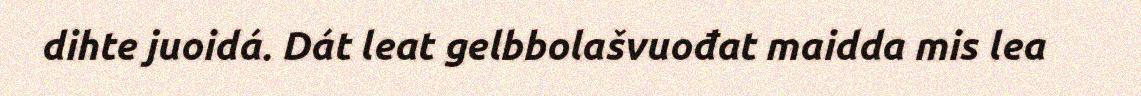
dihte juoidá. Dát leat gelbbolašvuođat maidda mis lea